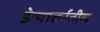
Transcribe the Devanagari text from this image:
डेन्मार्कातील